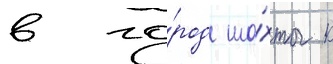
в го́род ша́хты к